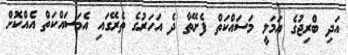
އަދި ބްރިޖުގެ އަމަލީ މަސައްކަތް ފެށޭތާ ދެ އަހަރުގެ ތެރޭގައި އެމަސައްކަތް އެއްކޮށް